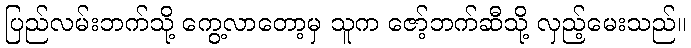
ပြည်လမ်းဘက်သို့ ကွေ့လာတော့မှ သူက ဇော့်ဘက်ဆီသို့ လှည့်မေးသည်။